Eesti_Vabariigi_Tartu_Ulikool, lk 83
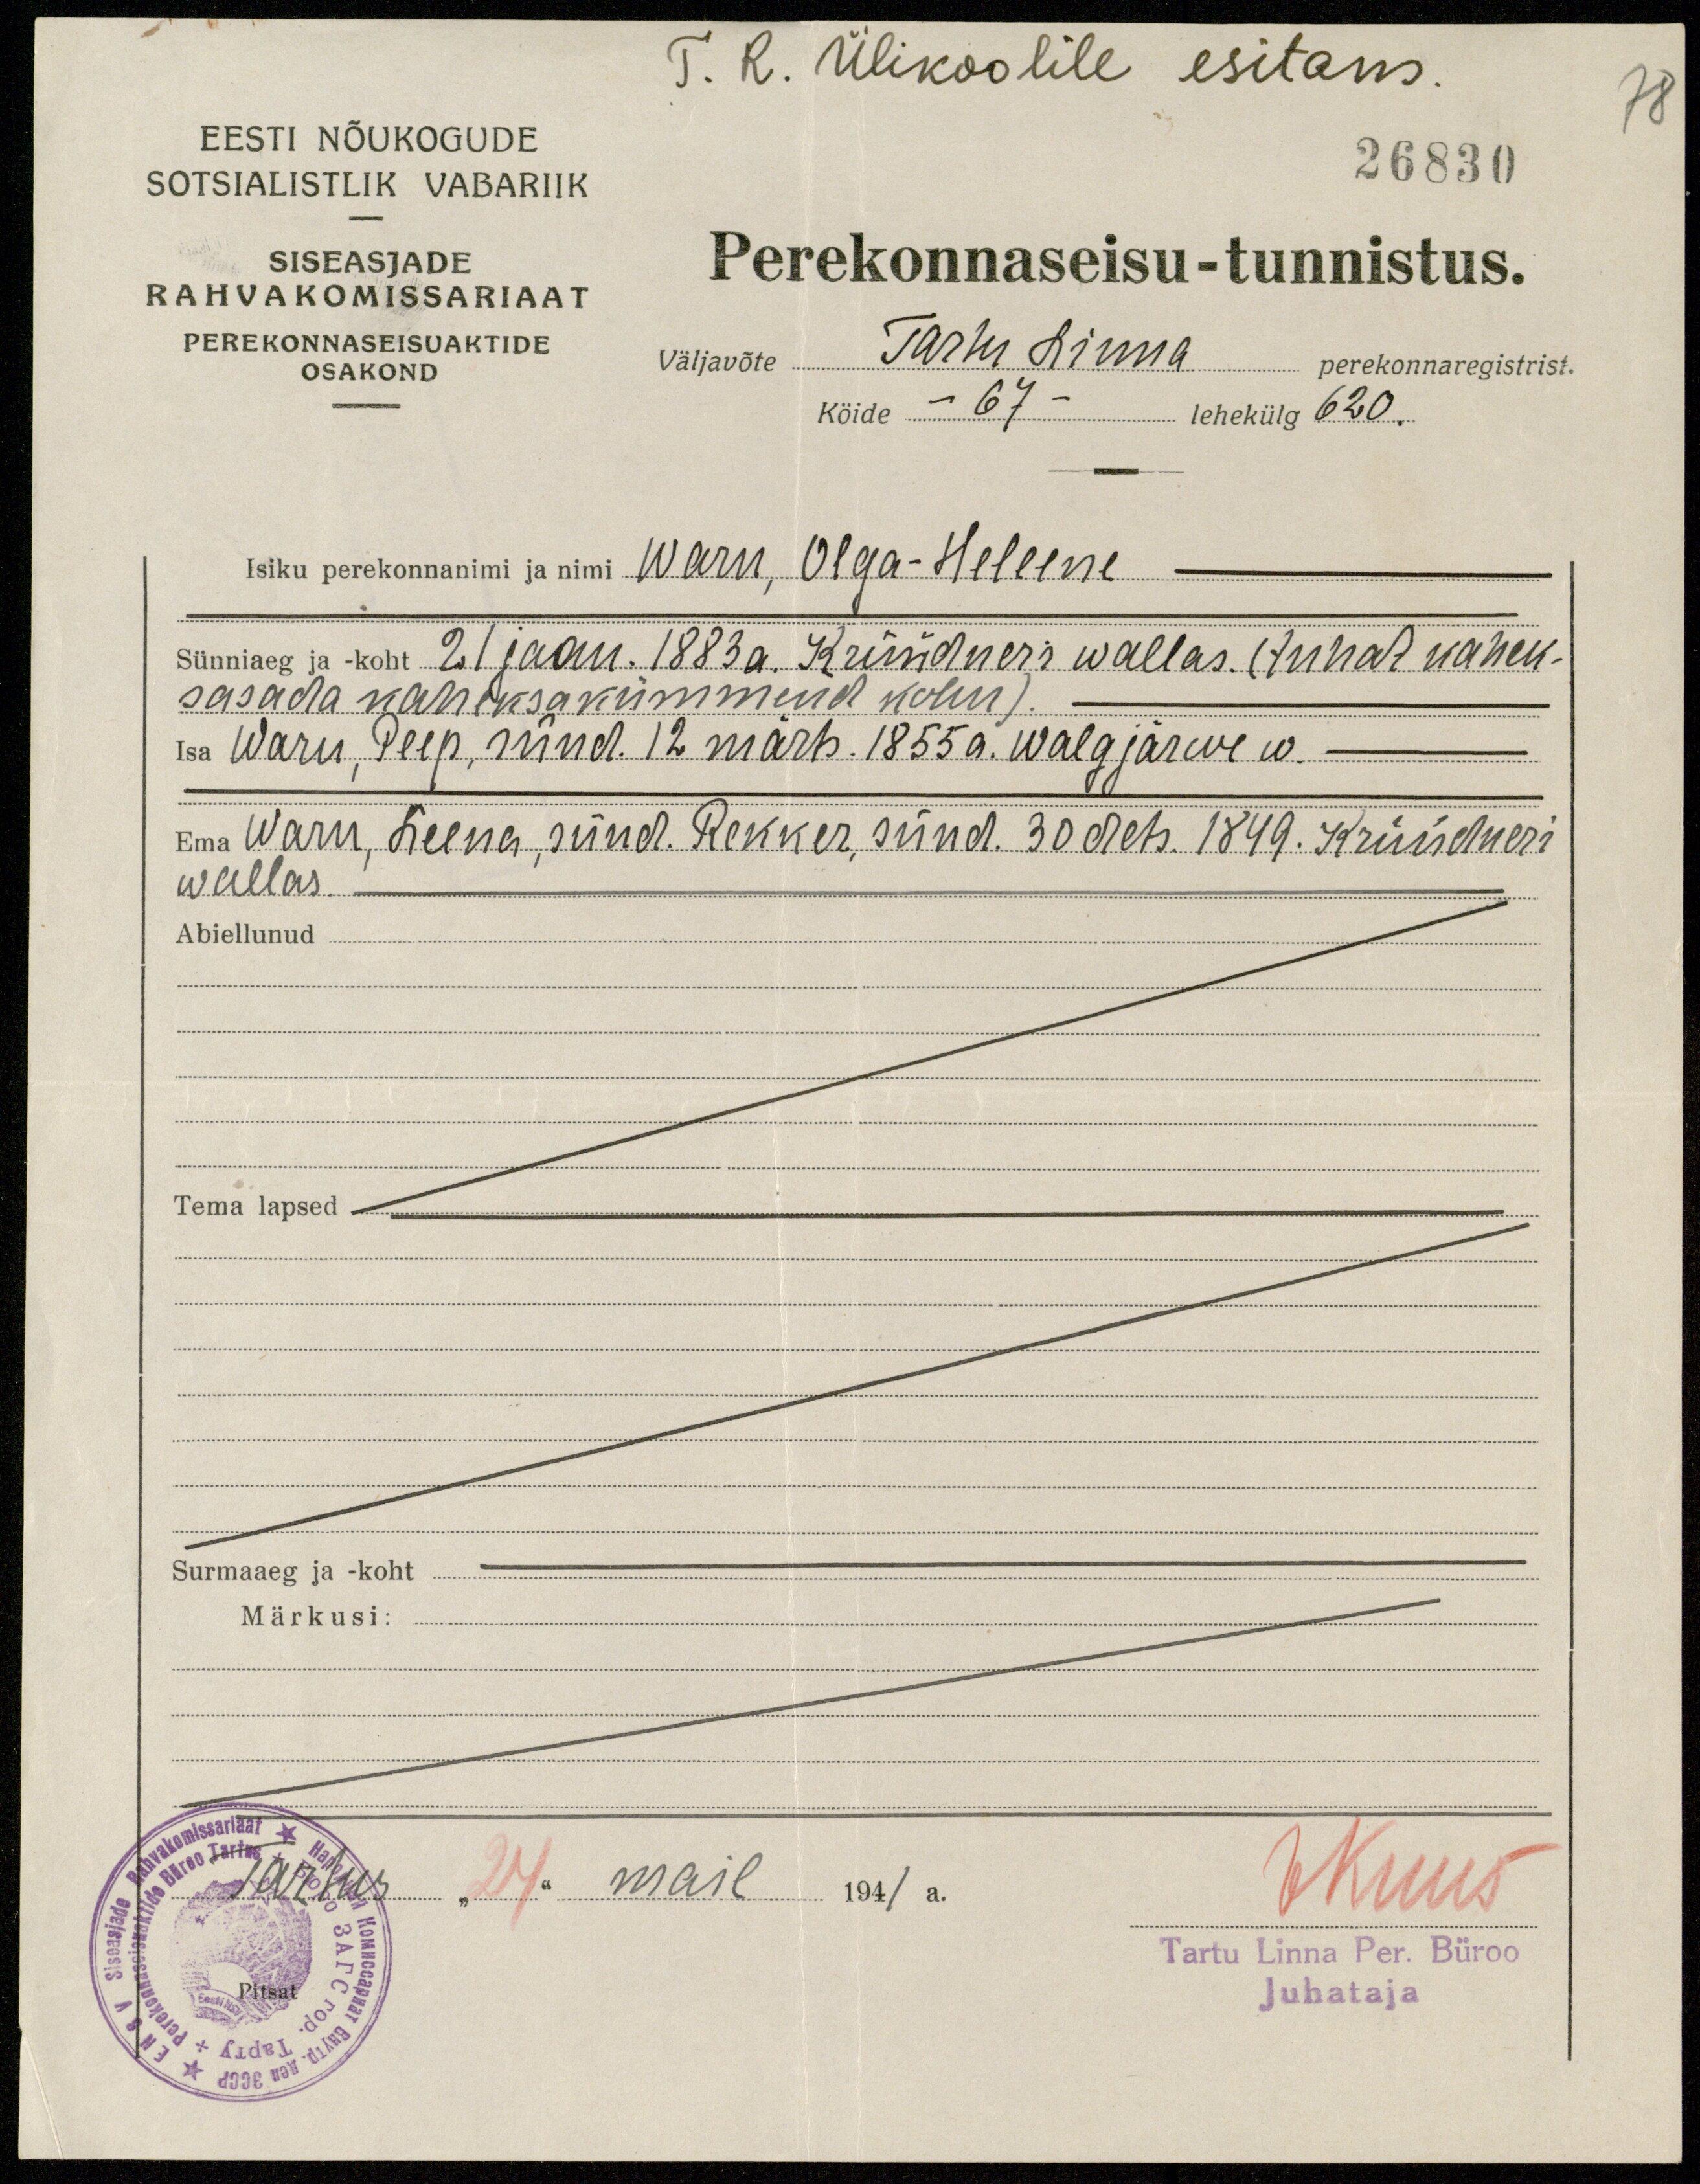
T. R. Ülikoolile esitam.
78
26830
EESTI NÕUKOGUDE
SOTSIALISTLIK VABARIIK
SISEASJADE
RAHVAKOMISSARIAAT
PEREKONNASEISUAKTIDE
OSAKOND
Perekonnaseisu-tunnistus.
väljavõte Tänu linna perekonnaregistrist.
köide - 67 - lehekülg 620.
Isiku perekonnanimi ja nimi Warn, Olga-Helene
Sünniaeg ja koht 21 jaan. 1883 a. Krüüdneri wallas. (tuhat kahek-
sasada kaheksakümmend kolm)
Isa Warn, Peep, sünd. 12. märts. 1855 a. Walgjärwe w.
Ema Warn, Leena, sünd. Rekker, sünd. 30 dets. 1849. Krüüdneri
wallas.
Abiellunud
Tema lapsed .
Surmaaeg ja koht
Märkusi:
Tartus "24" mail 1941 a.
VKuus
Tartu Linna Per. Büroo
Juhataja